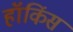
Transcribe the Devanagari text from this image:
हॉकिंस